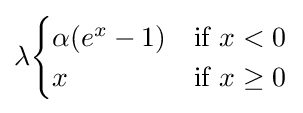
\lambda {\begin{cases}\alpha (e^{x}-1)&{\text{if }}x<0\\x&{\text{if }}x\geq 0\end{cases}}